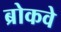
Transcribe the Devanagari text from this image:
ब्रोकवे